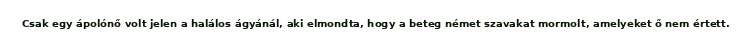
Csak egy ápolónő volt jelen a halálos ágyánál, aki elmondta, hogy a beteg német szavakat mormolt, amelyeket ő nem értett.